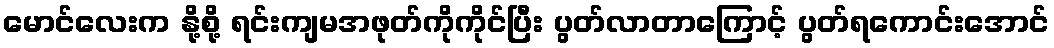
မောင်လေးက နို့စို့ ရင်းကျမအဖုတ်ကိုကိုင်ပြီး ပွတ်လာတာကြောင့် ပွတ်ရကောင်းအောင်